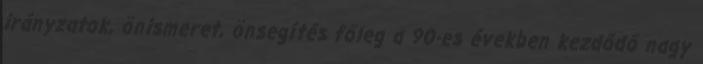
irányzatok, önismeret, önsegítés főleg a 90-es években kezdődő nagy